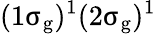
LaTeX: (1\upsigma_{\mathrm{g}})^{1}(2\upsigma_{\mathrm{g}})^{1}